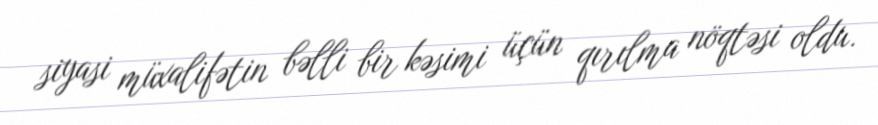
siyasi müxalifətin bəlli bir kəsimi üçün qırılma nöqtəsi oldu.